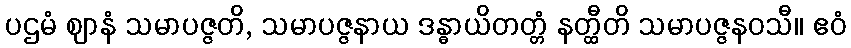
ပဌမံ ဈာနံ သမာပဇ္ဇတိ, သမာပဇ္ဇနာယ ဒန္ဓာယိတတ္တံ နတ္ထီတိ သမာပဇ္ဇနဝသီ။ ဧဝံ